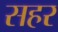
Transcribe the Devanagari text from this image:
सहर